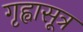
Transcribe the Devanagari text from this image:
गृह्वासूत्र